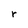
Character: r